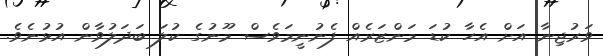
ވަރުޖިނާ އަށް އެހާ ކުޑަ މަންޒަރެއް ފެނުނީމަވެސް މޫނުގެ ކުލަ ބަދަލުވާން އުޅުނެވެ.